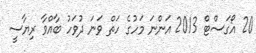
20 އޯގަސްޓް 2013 އަންނަ މަހުގެ ހަތް ވަނަ ދުވަހު ބާއްވާ ރިޔާސީ